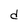
Character: d